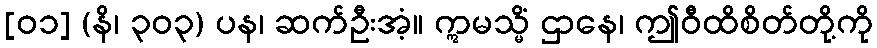
[၀၁] (နိ၊ ၃၀၃) ပန၊ ဆက်ဦးအံ့။ ဣမသ္မိံ ဌာနေ၊ ဤဝီထိစိတ်တို့ကို